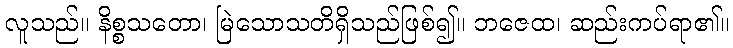
လူသည်။ နိစ္စသတော၊ မြဲသောသတိရှိသည်ဖြစ်၍။ ဘဇေထ၊ ဆည်းကပ်ရာ၏။